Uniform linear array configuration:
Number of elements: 16
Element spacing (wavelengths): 0.5
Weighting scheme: blackman
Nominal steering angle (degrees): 60
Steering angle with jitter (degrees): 58.833
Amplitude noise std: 0.05
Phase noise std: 0.05

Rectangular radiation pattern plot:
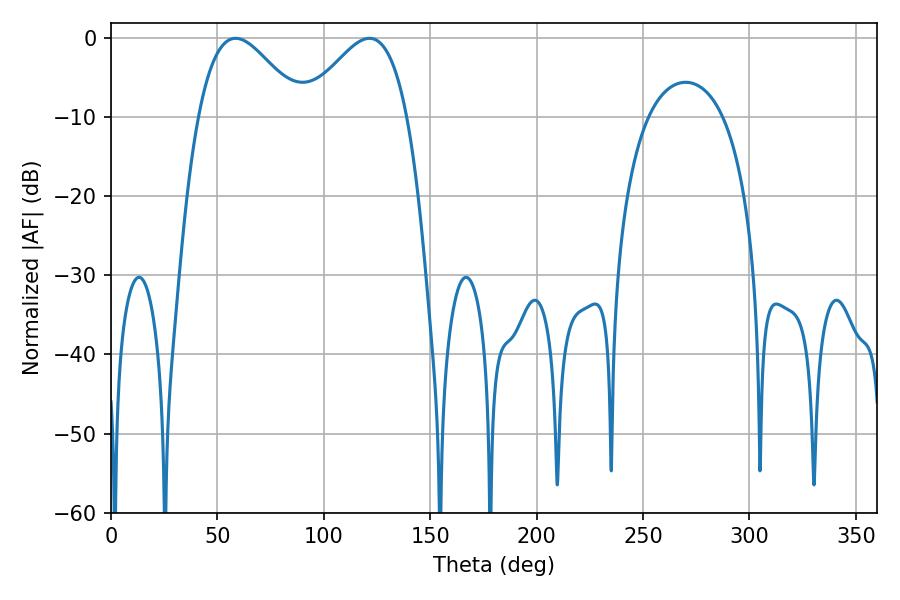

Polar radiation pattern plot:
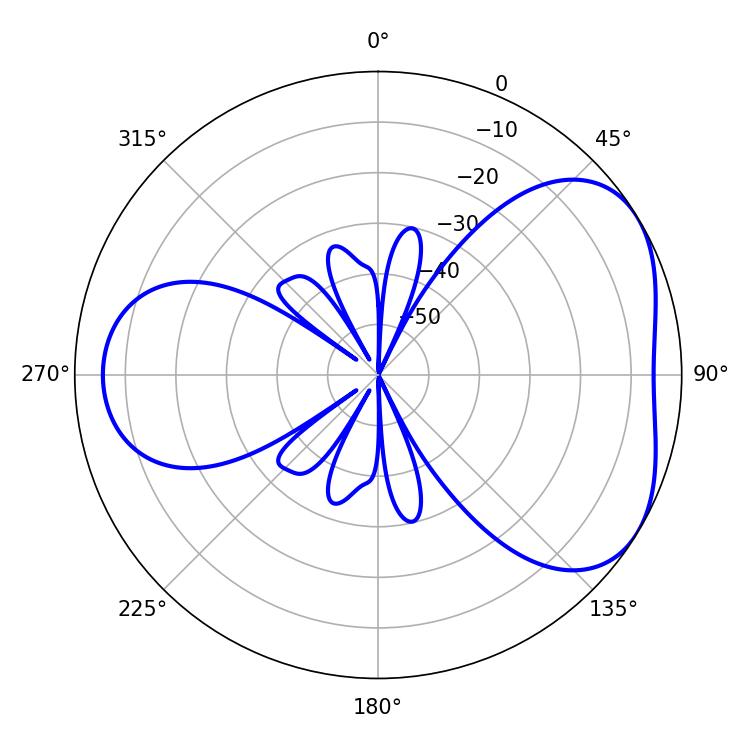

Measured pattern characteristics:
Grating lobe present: FALSE
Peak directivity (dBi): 4.365
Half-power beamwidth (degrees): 26.1
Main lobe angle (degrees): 58.5